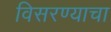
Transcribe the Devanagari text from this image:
विसरण्याचा